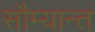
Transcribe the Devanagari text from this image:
सौम्यान्त